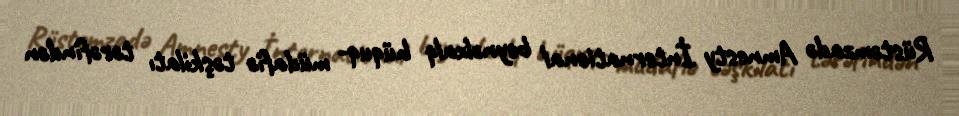
Rüstəmzadə Amnesty İnternational beynəlxalq hüquq- müdafiə təşkilatı tərəfindən